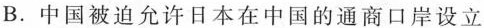
B.中国被迫允许日本在中国的通商口岸设立